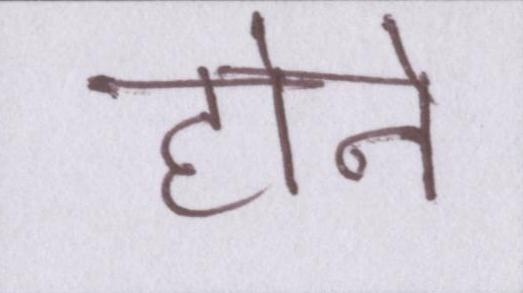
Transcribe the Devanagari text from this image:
होने